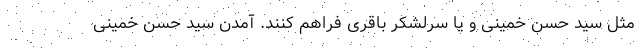
مثل سید حسن خمینی و یا سرلشکر باقری فراهم کنند. آمدن سید حسن خمینی